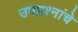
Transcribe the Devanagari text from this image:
उपप्रश्नांचे